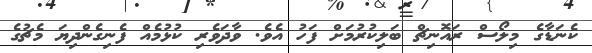
ކެނަޑާގެ މިލޯސް ރައޮނިޗް ބަލިކުރުމަށް ފަހު އެވެ. ވާދަވެރި ކުޅުމެއް ފެނިގެންދިޔަ މެޗުގެ